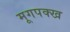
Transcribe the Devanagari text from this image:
मूगपक्ख